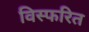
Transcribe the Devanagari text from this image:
विस्फरित